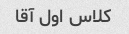
کلاس اول آقا